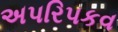
અપરિપકવ